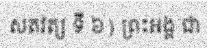
សតវត្ស ទី ៦) ព្រះអង្គ ជា